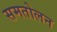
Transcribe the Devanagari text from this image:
समतोलन